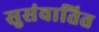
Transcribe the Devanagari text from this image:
सुसंवातित